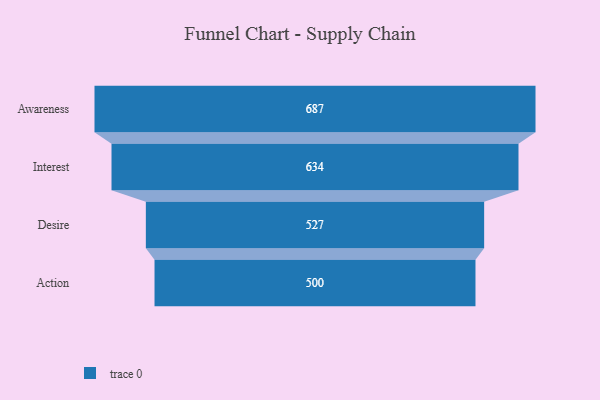
{"axis": {"x": "Stage", "y": "Value"}, "legend": [""], "data": [{"x": "Awareness", "y": 687.0, "type": ""}, {"x": "Interest", "y": 634.0, "type": ""}, {"x": "Desire", "y": 527.0, "type": ""}, {"x": "Action", "y": 500, "type": ""}]}